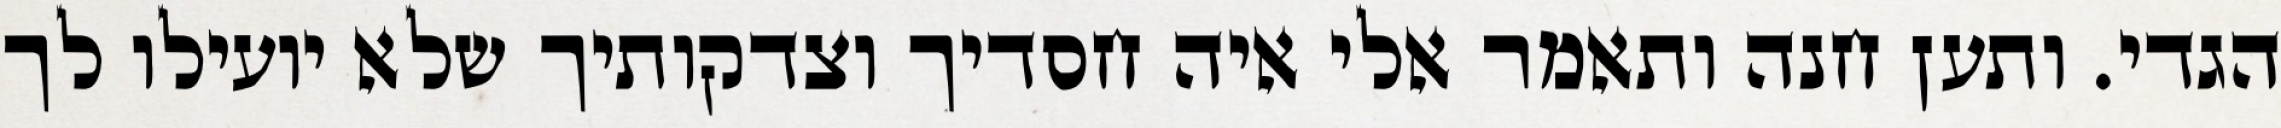
הגדי. ותען חנה ותאמר אלי איה חסדיך וצדקותיך שלא יועילו לך